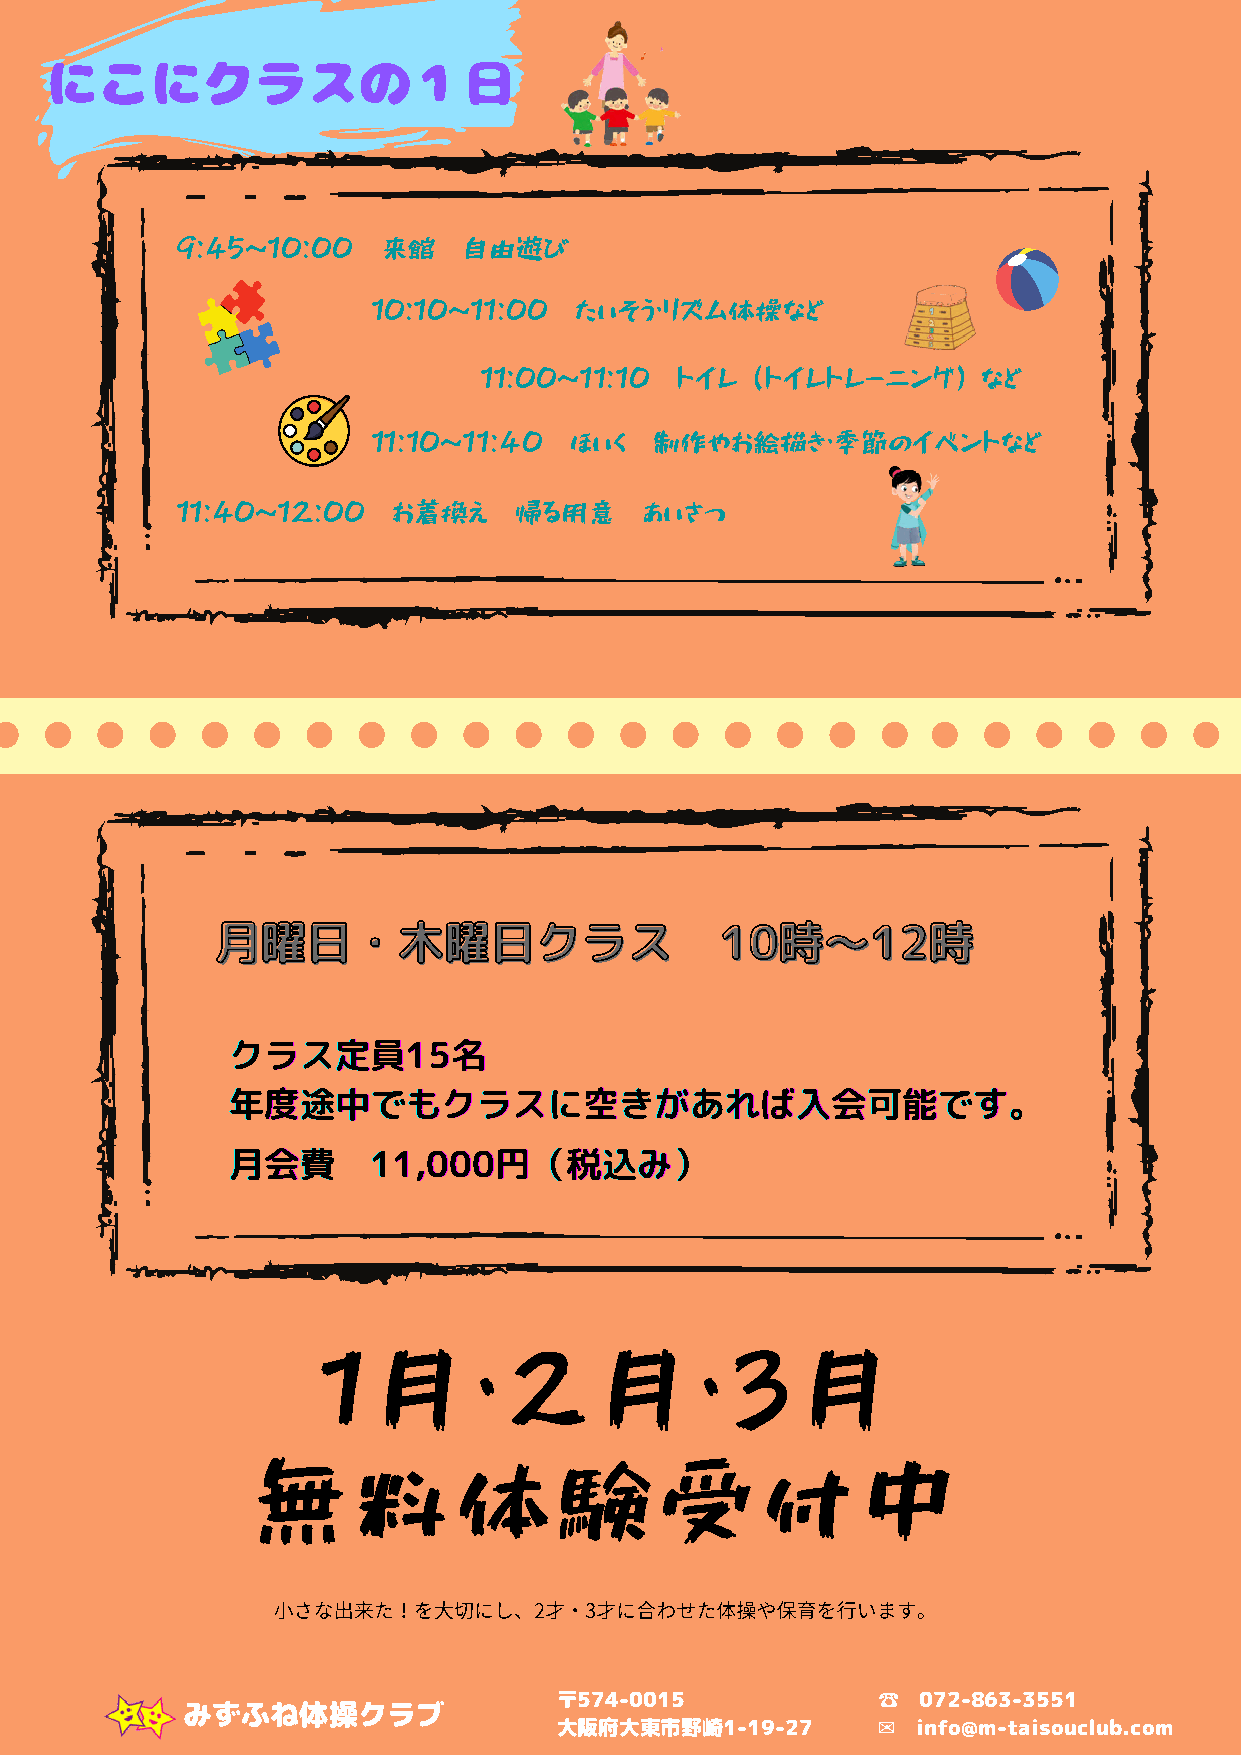
にこにクラスの１⽇
 ２０２２年度
 にこにこクラス
 9:45～10:00   来館    自由遊び
 10:10～11:00  たいそう・リズム体操など
 生徒募集
 11:00～11:10  トイレ（トイレトレーニング）など
 11:10～11:40  ほいく  制作やお絵描き・季節のイベントなど
 ２才からスタートできる体操教室
 11:40～12:00   お着換え    帰る用意     あいさつ
 お子様を完全お預かり
 体操と保育の融合クラス
 月月曜曜日日・・木木曜曜日日ククララスス              1100時時～～1122時時
 クククラララススス定定定員員員111555名名名
 年年年度度度途途途中中中でででもももクククラララスススににに空空空きききがががあああれれればばば入入入会会会可可可能能能ででですすす。。。
 月月月会会会費費費 111111,,,000000000円円円（（（税税税込込込みみみ）））
 1月・2月・3月
 無料体験受付中
 ⼩さな出来た！を⼤切にし、2才・3才に合わせた体操や保育を⾏います。
 ☎
 〒574-0015               072-863-3551
 みずふね体操クラブ
 大阪府大東市野崎1-19-27      ✉  info@m-taisouclub.com